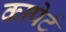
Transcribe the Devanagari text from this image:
कापेर्ट